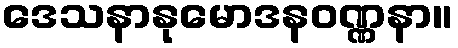
ဒေသနာနုမောဒနဝဏ္ဏနာ။